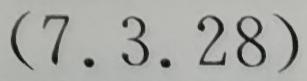
$(7.3.28)$